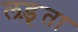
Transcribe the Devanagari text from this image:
लड़्ता